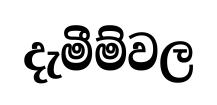
දැමීම්වල